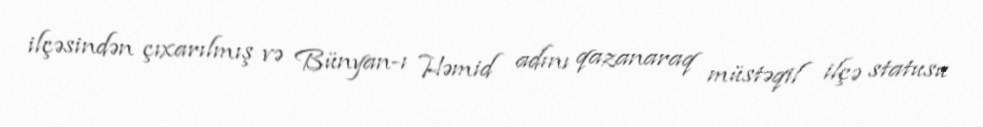
ilçəsindən çıxarılmış və Bünyan-ı Həmid adını qazanaraq müstəqil ilçə statusu